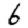
Digit: 6